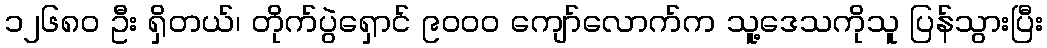
၁၂၆၈၀ ဦး ရှိတယ်၊ တိုက်ပွဲရှောင် ၉၀၀၀ ကျော်လောက်က သူ့ဒေသကိုသူ ပြန်သွားပြီး